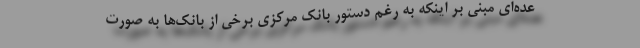
عده‌ای مبنی بر اینکه به رغم دستور بانک مرکزی برخی از بانک‌ها به صورت